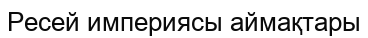
Ресей империясы аймақтары